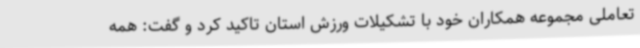
تعاملی مجموعه همکاران خود با تشکیلات ورزش استان تاکید کرد و گفت: همه